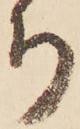
ち